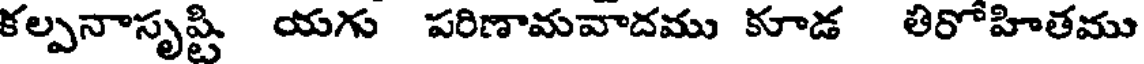
కల్పనాసృష్టి యగు పరిణామవాదము కూడ తిరోహితము